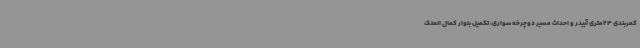
کمربندی 24متری آبیدر و احداث مسیر دوچرخه سواری، تکمیل بلوار کمال الملک